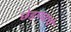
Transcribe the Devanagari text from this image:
छेडण्याचे